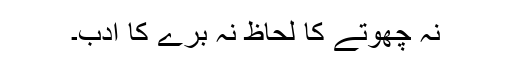
نہ چھوتے کا لحاظ نہ برے کا ادب۔